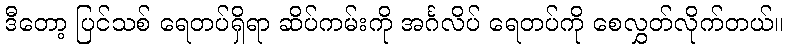
ဒီတော့ ပြင်သစ် ရေတပ်ရှိရာ ဆိပ်ကမ်းကို အင်္ဂလိပ် ရေတပ်ကို စေလွှတ်လိုက်တယ်။